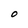
Character: O